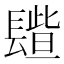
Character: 𨲦